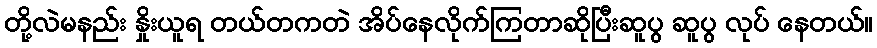
တို့လဲမနည်း နှိုးယူရ တယ်တကတဲ အိပ်နေလိုက်ကြတာဆိုပြီးဆူပွ ဆူပွ လုပ် နေတယ်။